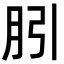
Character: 䏖